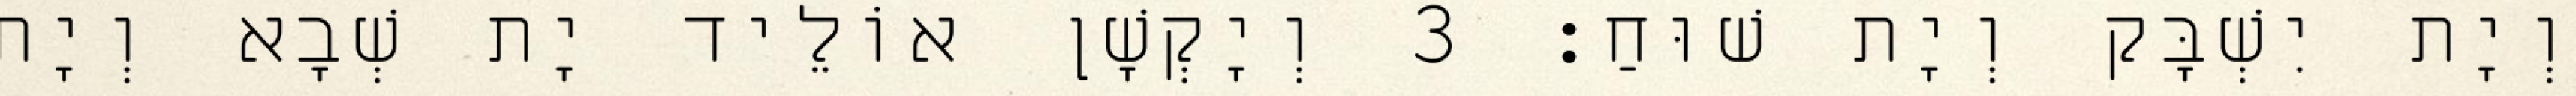
וְיָת יִשְׁבָּק וְיָת שׁוּחַ׃ 3 וְיָקְשָׁן אוֹלֵיד יָת שְׁבָא וְיָת